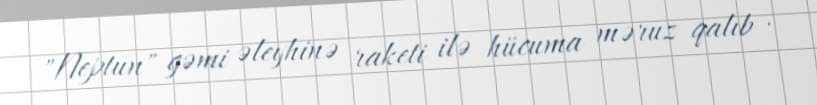
"Neptun" gəmi əleyhinə raketi ilə hücuma məruz qalıb .